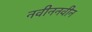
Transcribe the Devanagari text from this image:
नवीननवीन